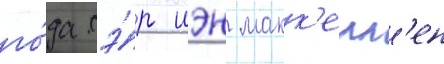
го́да сэ́р иэн макк'елл'ен